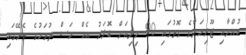
ކުއްޔާއި ޖޫރިމަނާގެ ގޮތުގައި 90 މިލިއަން ޑޮލަރު އެއް މަސް ދުވަހުގެ ތެރޭގައި